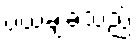
ပယ်ချခဲ့သည်